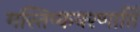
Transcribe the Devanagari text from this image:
मस्तिष्कवरणार्ति